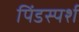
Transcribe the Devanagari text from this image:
पिंडस्पर्श